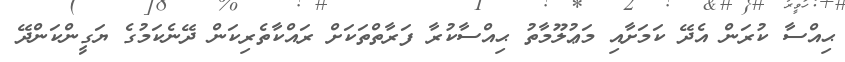
ޙިއްސާ ކުރަން އެދޭ ކަމަށާއި މަޢުލޫމާތު ޙިއްސާކުރާ ފަރާތްތަކަށް ރައްކާތެރިކަން ދޭނެކަމުގެ ޔަގީންކަންދޭ